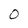
Character: 0